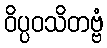
ဝိပ္ပဝသိတဗ္ဗံ